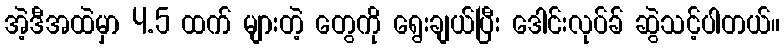
အဲ့ဒီအထဲမှာ 4.5 ထက် များတဲ့ တွေကို ရွေးချယ်ပြီး ဒေါင်းလုပ်ခ် ဆွဲသင့်ပါတယ်။